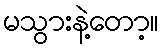
မသွားနဲ့တော့။